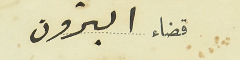
قضاء البترون